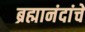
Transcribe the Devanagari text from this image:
ब्रह्मानंदांचे